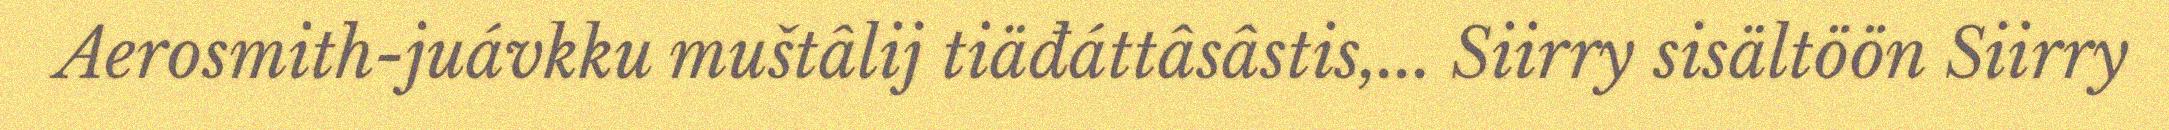
Aerosmith-juávkku muštâlij tiäđáttâsâstis,... Siirry sisältöön Siirry